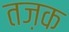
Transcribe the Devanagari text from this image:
तज़क